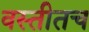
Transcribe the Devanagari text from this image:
वस्तीतच